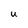
Character: U